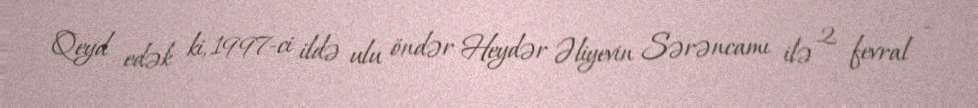
Qeyd edək ki, 1997-ci ildə ulu öndər Heydər Əliyevin Sərəncamı ilə 2 fevral -